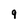
Character: 9